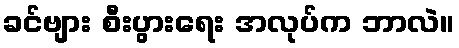
ခင်ဗျား စီးပွားရေး အလုပ်က ဘာလဲ။